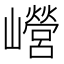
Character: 巆